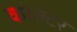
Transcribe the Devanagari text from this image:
कोल्टर